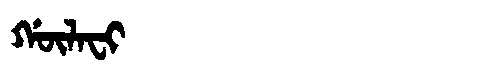
Manchu: ᡤᡡᠯᠠᠸᡳ
Romanization: GŪLAFI